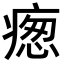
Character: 𭼙